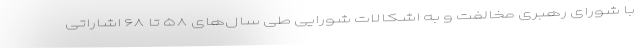
با شورای رهبری مخالفت و به اشکالات شورایی طی سال‌های ۵۸ تا ۶۸ اشاراتی